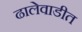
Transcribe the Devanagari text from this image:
ढालेवाडीत